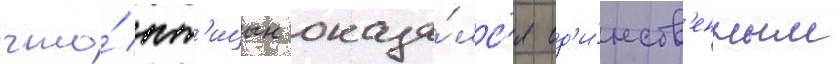
что́ пт'ицын оказа́лс'я ед'и́нств'енным